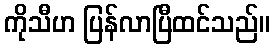
ကိုသီဟ ပြန်လာပြီထင်သည်။